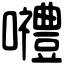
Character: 𡅏